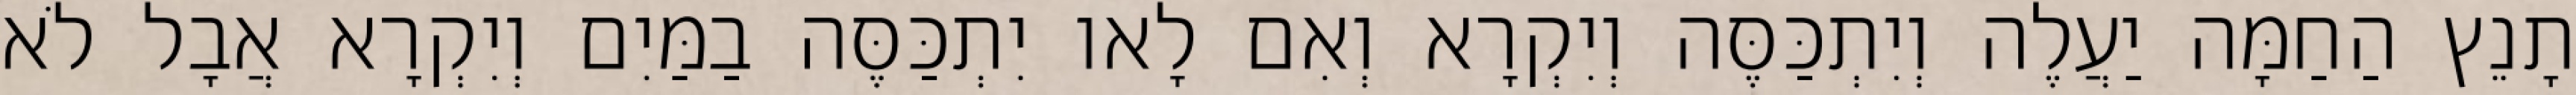
תָנֵץ הַחַמָּה יַעֲלֶה וְיִתְכַּסֶּה וְיִקְרָא וְאִם לָאו יִתְכַּסֶּה בַמַּיִם וְיִקְרָא אֲבָל לֹא